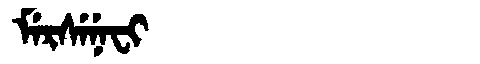
Manchu: ᠮᡝᡵᠰᡝᠨᡝᠸᡳ
Romanization: MERSENEFI